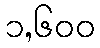
၁,၆၀၀